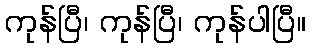
ကုန်ပြီ၊ ကုန်ပြီ၊ ကုန်ပါပြီ။